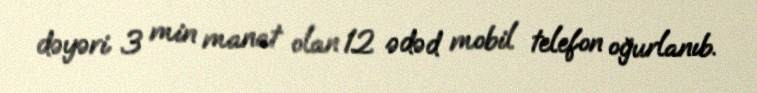
dəyəri 3 min manat olan 12 ədəd mobil telefon oğurlanıb.